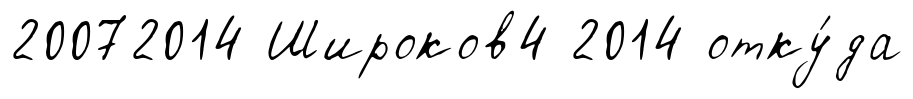
20072014 Широков4 2014 отку́да